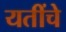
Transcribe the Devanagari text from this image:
यतींचे